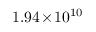
1 . 9 4 \! \times \! 1 0 ^ { 1 0 }